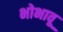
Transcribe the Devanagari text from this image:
भोभावू